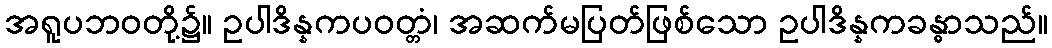
အရူပဘဝတို့၌။ ဥပါဒိန္နကပဝတ္တံ၊ အဆက်မပြတ်ဖြစ်သော ဥပါဒိန္နကခန္ဓာသည်။